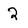
Character: 2